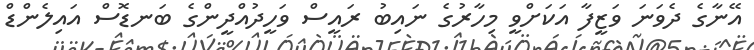
އޭނާގެ ދެވަނަ ވަޒީފާ އަކަށްވީ މިހާރުގެ ނައިބު ރައީސް ވަހީދުއްދީންގެ ބަނޑޮސް އައިލެންޑް